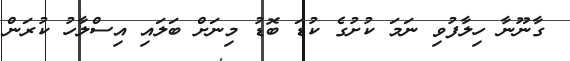
ގާނޫނާ ހިލާފުވި ނަމަ ކުށުގެ ކުޑަ ބޮޑު މިނަށް ބަލައި އިސްލާހު ކުރަން